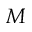
M